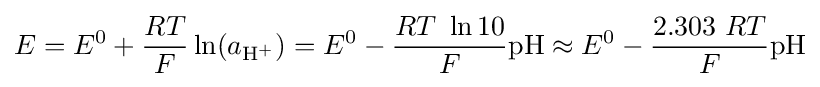
E=E^{0}+{\frac {RT}{F}}\ln(a_{\mathrm {H} {\vphantom {A}}^{+}})=E^{0}-{\frac {RT\ \ln {10}}{F}}{\mathrm {pH} }\approx E^{0}-{\frac {2.303\ RT}{F}}{\mathrm {pH} }